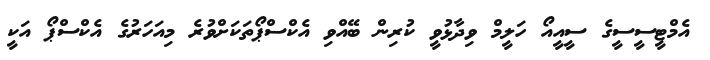
އެމްޓީސީސީގެ ސީއީއޯ ހަލީމް ވިދާޅުވީ ކުރިން ބޭއްވި އެކްސްޕޯތަކަށްވުރެ މިއަހަރުގެ އެކްސްޕޯ އަކީ